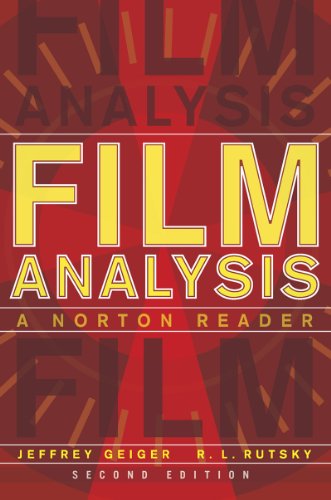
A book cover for Film Analysis: A Norton Reader (Second Edition); Humor & Entertainment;